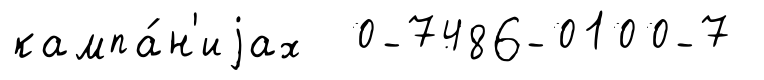
кампа́н'иjах 0-7486-0100-7